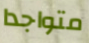
متواجدا